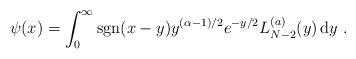
LaTeX: \begin{align*}\psi(x) = \int_{0}^{\infty}\mathrm{sgn}(x-y)y^{(\alpha-1)/2}e^{-y/2}L^{(a)}_{N-2}(y)\,\mathrm{d}y\ .\end{align*}